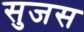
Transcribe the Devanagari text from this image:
सुजस